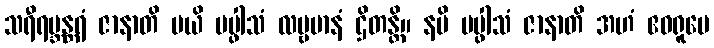
သရီရဗ္ဘန္တရံ ဇာနာတိ မယိ ပပ္ဖါသံ လမ္ဗမာနံ ဌိတန္တိ။ နပိ ပပ္ဖါသံ ဇာနာတိ အဟံ ဧဝရူပေ